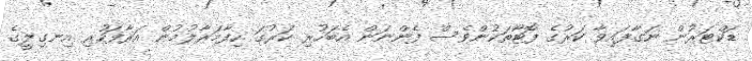
ޑަކްޓަރުން ނަގާފައިވާ ކަރުގެ ފޮޓޯތަކުންވެސް ފެންނަން އެބަހުރި ކަރުގަ ހިފާމަރާލުމުން އަރާފަހުރި އިނގިލީގެ